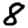
Digit: 8